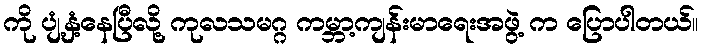
ကို ပျံ့နှံ့နေပြီလို့ ကုလသမဂ္ဂ ကမ္ဘာ့ကျန်းမာရေးအဖွဲ့ က ပြောပါတယ်။